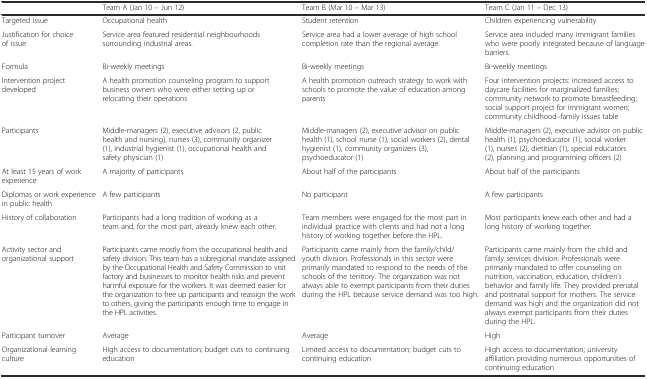
<table><thead><tr><td></td><td><b>Team A (Jan 10 – Jun 12)</b></td><td><b>Team B (Mar 10 – Mar 13)</b></td><td><b>Team C (Jan 11 – Dec 13)</b></td></tr></thead><tbody><tr><td>Targeted issue</td><td>Occupational health</td><td>Student retention</td><td>Children experiencing vulnerability</td></tr><tr><td>Justification for choice of issue</td><td>Service area featured residential neighbourhoods surrounding industrial areas.</td><td>Service area had a lower average of high school completion rate than the regional average.</td><td>Service area included many immigrant families who were poorly integrated because of language barriers.</td></tr><tr><td>Formula</td><td>Bi-weekly meetings</td><td>Bi-weekly meetings</td><td>Bi-weekly meetings</td></tr><tr><td>Intervention project developed</td><td>A health promotion counseling program to support business owners who were either setting up or relocating their operations</td><td>A health promotion outreach strategy to work with schools to promote the value of education among parents</td><td>Four intervention projects: increased access to daycare facilities for marginalized families; community network to promote breastfeeding; social support project for immigrant women; community childhood–family issues table</td></tr><tr><td>Participants</td><td>Middle-managers (2), executive advisors (2, public health and nursing), nurses (3), community organizer (1), industrial hygienist (1), occupational health and safety physician (1)</td><td>Middle-managers (2), executive advisor on public health (1), school nurse (1), social workers (2), dental hygienist (1), community organizers (3), psychoeducator (1)</td><td>Middle-managers (2), executive advisor on public health (1), psychoeducator (1), social worker (1), nurses (2), dietitian (1), special educators (2), planning and programming officers (2)</td></tr><tr><td>At least 15 years of work experience</td><td>A majority of participants</td><td>About half of the participants</td><td>About half of the participants</td></tr><tr><td>Diplomas or work experience in public health</td><td>A few participants</td><td>No participant</td><td>A few participants</td></tr><tr><td>History of collaboration</td><td>Participants had a long tradition of working as a team and, for the most part, already knew each other.</td><td>Team members were engaged for the most part in individual practice with clients and had not a long history of working together before the HPL.</td><td>Most participants knew each other and had a long history of working together.</td></tr><tr><td>Activity sector and organizational support</td><td>Participants came mostly from the occupational health and safety division. This team has a subregional mandate assigned by the Occupational Health and Safety Commission to visit factory and businesses to monitor health risks and prevent harmful exposure for the workers. It was deemed easier for the organization to free up participants and reassign the work to others, giving the participants enough time to engage in the HPL activities.</td><td>Participants came mainly from the family/child/youth division. Professionals in this sector were primarily mandated to respond to the needs of the schools of the territory. The organization was not always able to exempt participants from their duties during the HPL because service demand was too high.</td><td>Participants came mainly from the child and family services division. Professionals were primarily mandated to offer counseling on nutrition, vaccination, education, children’s behavior and family life. They provided prenatal and postnatal support for mothers. The service demand was high and the organization did not always exempt participants from their duties during the HPL.</td></tr><tr><td>Participant turnover</td><td>Average</td><td>Average</td><td>High</td></tr><tr><td>Organizational learning culture</td><td>High access to documentation; budget cuts to continuing education</td><td>Limited access to documentation; budget cuts to continuing education</td><td>High access to documentation; university affiliation providing numerous opportunities of continuing education</td></tr></tbody></table>